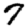
Digit: 7